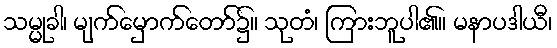
သမ္မုခါ၊ မျက်မှောက်တော်၌။ သုတံ၊ ကြားဘူပါ၏။ မနာပဒါယီ၊